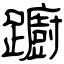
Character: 躕